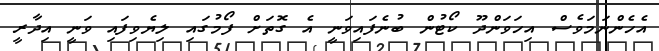
އެހެންނަމަވެސް އިހަވަންދޫ ކޯޓުން ބުނެފައިވަނީ އެ ގޮތަށް ފޯމުގައި ލިޔެވިފައި ވަނީ އިދާރީ